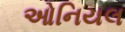
ઓનિયલ